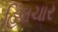
હિલચાર